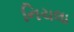
નિચલા